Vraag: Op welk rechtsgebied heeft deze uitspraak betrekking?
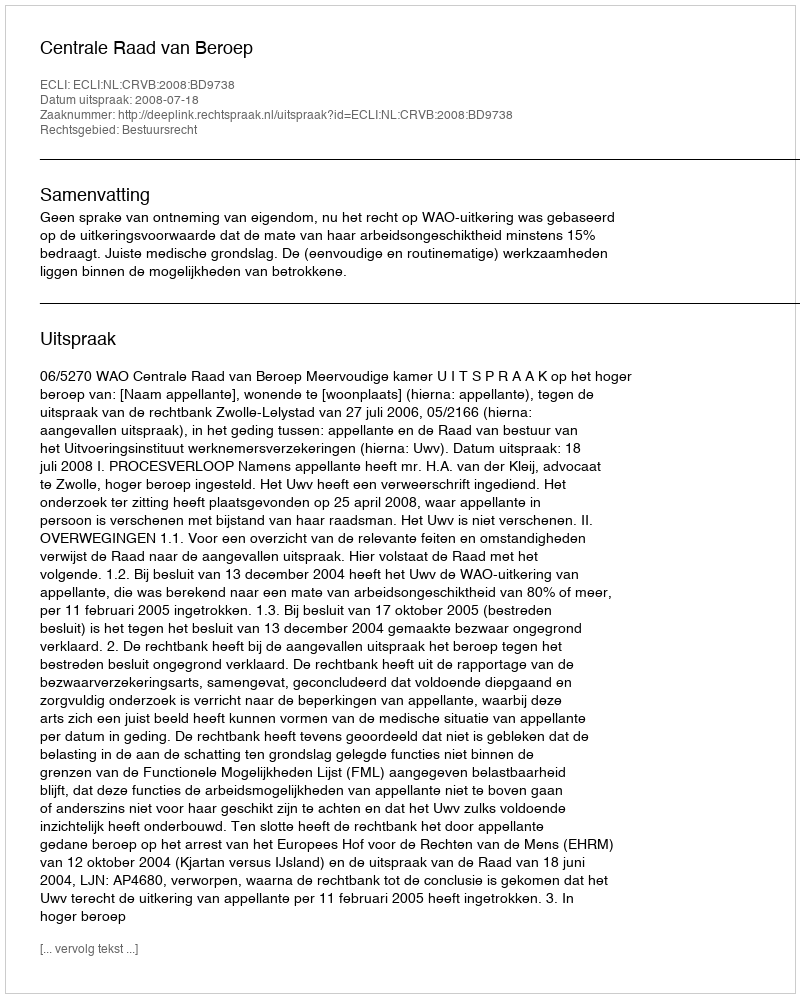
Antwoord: Bestuursrecht